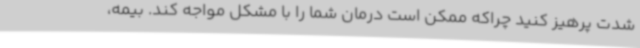
شدت پرهیز کنید چراکه ممکن است درمان شما را با مشکل مواجه کند. بیمه،